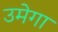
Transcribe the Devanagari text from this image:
उमेगा